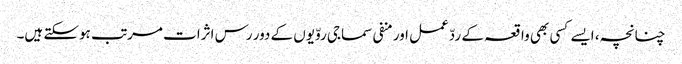
چنانچہ، ایسے کسی بھی واقعہ کے ردّعمل اور منفی سماجی روّیوں کے دور رس اثرات مرتب ہوسکتے ہیں۔